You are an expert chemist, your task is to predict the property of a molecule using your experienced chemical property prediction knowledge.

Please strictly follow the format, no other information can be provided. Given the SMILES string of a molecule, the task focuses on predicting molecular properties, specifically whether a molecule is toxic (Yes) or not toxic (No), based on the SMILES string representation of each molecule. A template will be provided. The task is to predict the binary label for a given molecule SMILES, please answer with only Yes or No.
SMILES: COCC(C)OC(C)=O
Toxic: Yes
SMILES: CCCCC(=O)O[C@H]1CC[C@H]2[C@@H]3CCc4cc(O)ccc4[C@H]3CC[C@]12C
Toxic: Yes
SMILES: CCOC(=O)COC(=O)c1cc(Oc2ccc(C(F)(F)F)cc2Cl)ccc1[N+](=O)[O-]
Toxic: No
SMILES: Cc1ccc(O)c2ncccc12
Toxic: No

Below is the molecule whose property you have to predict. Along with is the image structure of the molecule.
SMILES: CC(=O)O[C@]1(C(C)=O)CC[C@H]2[C@@H]3C=C(Cl)C4=CC(=O)CC[C@]4(C)[C@H]3CC[C@@]21C
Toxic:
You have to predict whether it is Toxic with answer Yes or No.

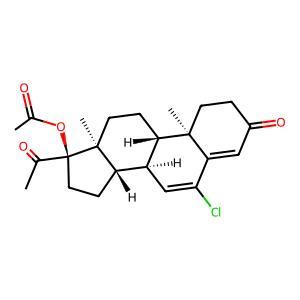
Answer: Yes